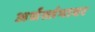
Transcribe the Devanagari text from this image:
अर्धस्तंभावर